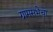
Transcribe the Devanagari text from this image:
ग्रामसभेचा